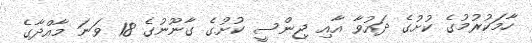
ހާމަކުރުމުގެ ކުށުގެ ދައުވާ އާއި ޖިންސީ ކުށުގެ ގާނޫނުގެ 18 ވަނަ މާއްދާގެ